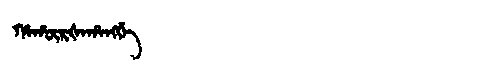
Manchu: ᡥᠠᡥᡡᡵᡧᠠᡥᠠᠩᡤᡝ
Romanization: HAHŪRŠAHANGGE